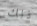
ذلك